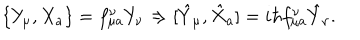
\{ Y _ { \mu } , X _ { a } \} = f _ { \mu a } ^ { \nu } Y _ { \nu } \Rightarrow [ \hat { Y } _ { \mu } , \hat { X } _ { a } ] = i \hbar f _ { \mu a } ^ { \nu } \hat { Y } _ { \nu } .